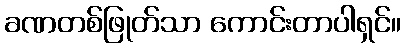
ခဏတစ်ဖြုတ်သာ ကောင်းတာပါရှင်။